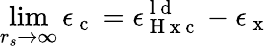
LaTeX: \operatorname*{lim}_{r_{s}\to\infty}\epsilon_{\mathrm{~c~}}=\epsilon_{\mathrm{~H~x~c~}}^{\mathrm{~l~d~}}-\epsilon_{\mathrm{~x~}}